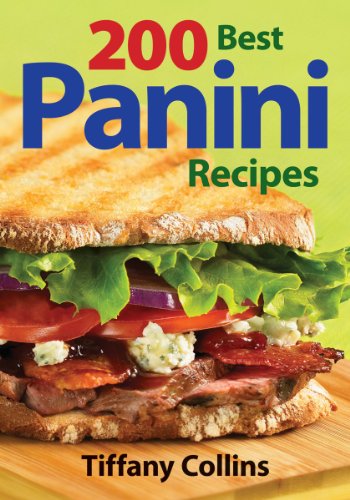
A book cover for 200 Best Panini Recipes; Tiffany Collins; Cookbooks, Food & Wine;